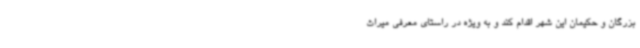
بزرگان و حکیمان این شهر اقدام کند و به ویژه در راستای معرفی میراث